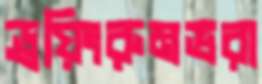
ড্রয়িংরুমভরা